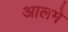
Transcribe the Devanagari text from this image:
आलमे